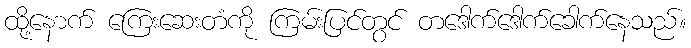
ထို့နောက် ကြေးဆေးတံကို ကြမ်းပြင်တွင် တဒေါက်ဒေါက်ခေါက်နေသည်။